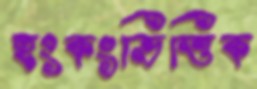
হংকংভিত্তিক